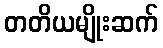
တတိယမျိုးဆက်